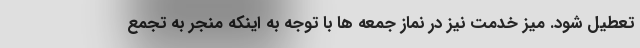
تعطیل شود. میز خدمت نیز در نماز جمعه ها با توجه به اینکه منجر به تجمع